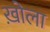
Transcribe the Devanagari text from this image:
ख़ोला